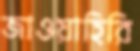
জাওয়াহিরি